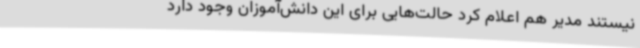
نیستند مدیر هم اعلام کرد حالت‌هایی برای این دانش‌آموزان وجود دارد